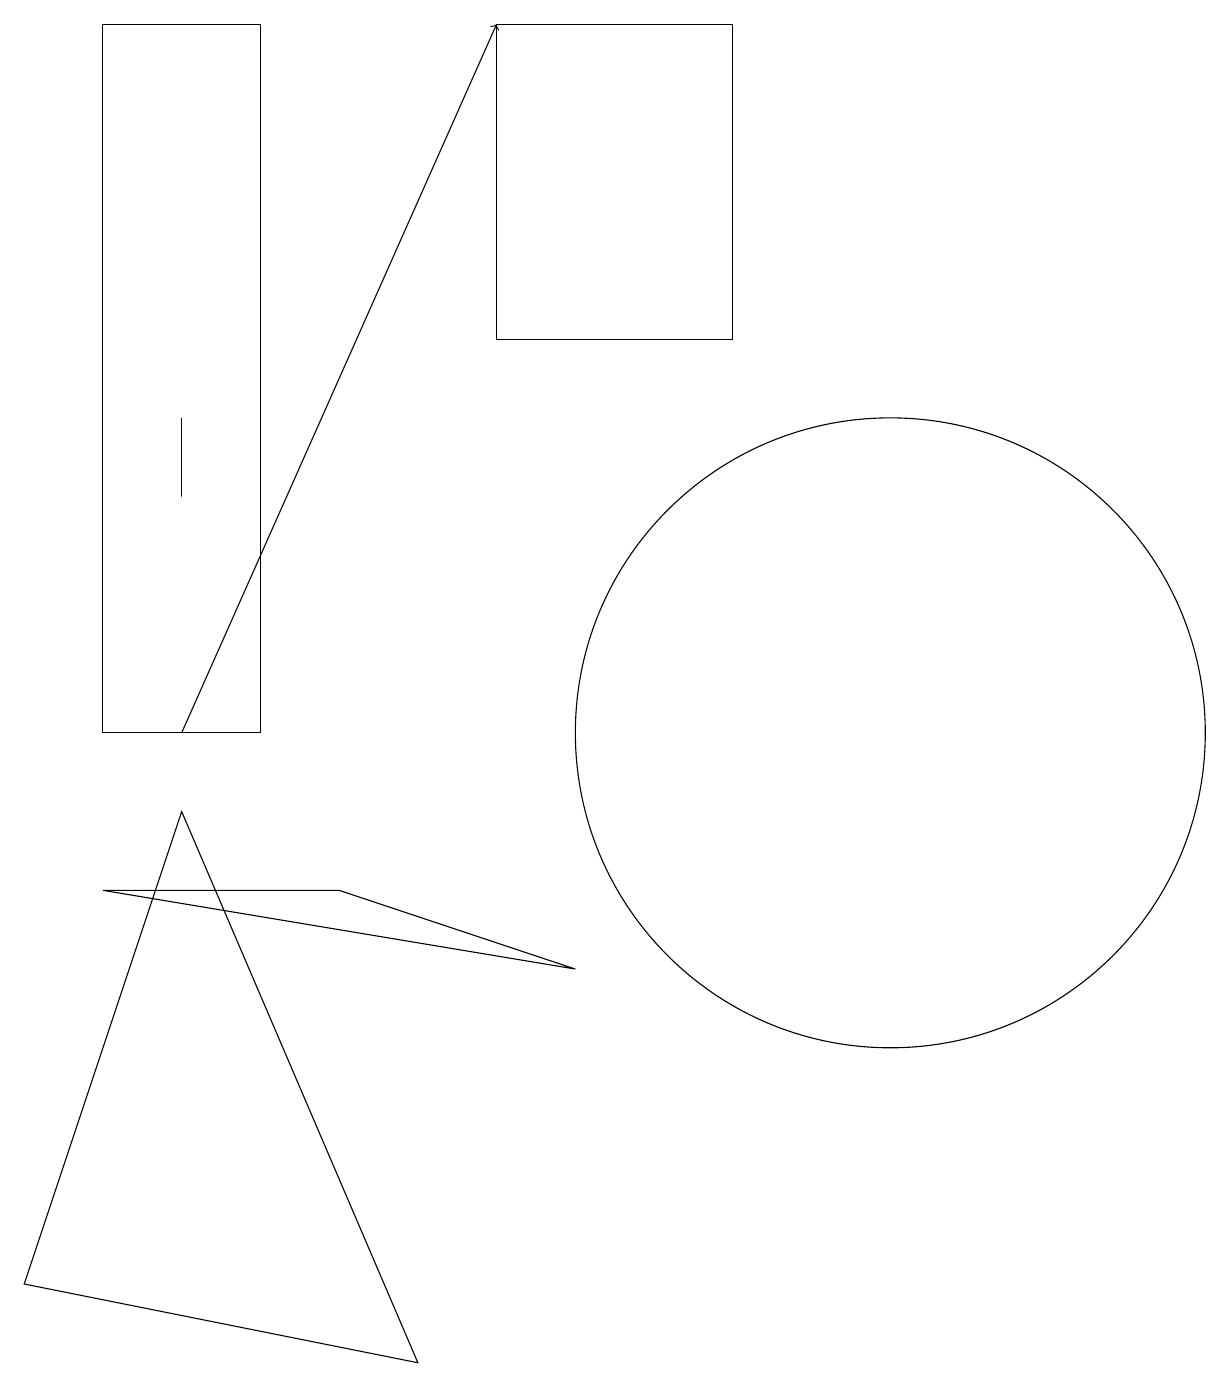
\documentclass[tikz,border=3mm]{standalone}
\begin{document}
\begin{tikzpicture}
\draw (2,13) rectangle (2,14);
\draw (11,10) circle (4);
\draw (1,8) -- (7,7) -- (4,8) -- cycle;
\draw (1,10) rectangle (3,19);
\draw (2,9) -- (5,2) -- (0,3) -- cycle;
\draw (9,15) rectangle (6,19);
\draw[->] (2,10) -- (6,19);
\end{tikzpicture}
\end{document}